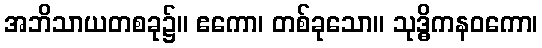
အဘိသာယတစခု၌။ ဧကော၊ တစ်ခုသော။ သုဒ္ဓိကနဝကော၊